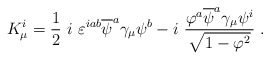
\begin{align*}K^i_\mu = \frac 12~i~\varepsilon^{iab} \overline{\psi}^a \gamma_\mu \psi^b-i~ {\varphi^a \overline{\psi}^a \gamma_\mu \psi^i \over \sqrt{1-{\varphi}^2}}~.\end{align*}